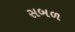
સબળ